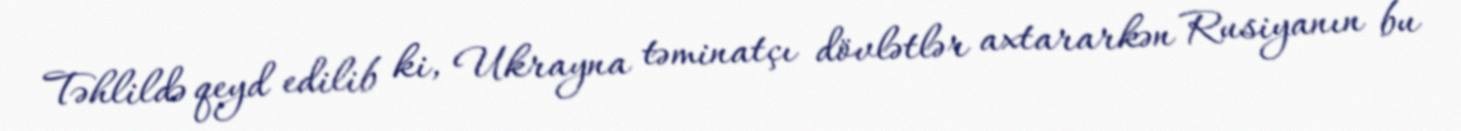
Təhlildə qeyd edilib ki, Ukrayna təminatçı dövlətlər axtararkən Rusiyanın bu